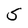
Character: S